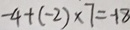
- 4 + ( - 2 ) \times 7 = - 1 8